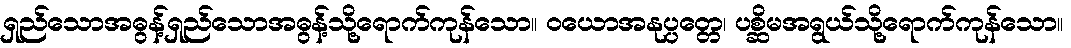
ရှည်သောအဓွန့်ရှည်သောအဓွန့်သို့ရောက်ကုန်သော။ ဝယောအနုပ္ပတ္တေ၊ ပစ္ဆိမအရွယ်သို့ရောက်ကုန်သော။